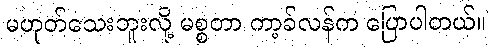
မဟုတ်သေးဘူးလို့ မစ္စတာ ကာ့ခ်လန်က ပြောပါတယ်။